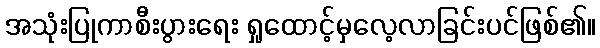
အသုံးပြုကာစီးပွားရေး ရှုထောင့်မှလေ့လာခြင်းပင်ဖြစ်၏။